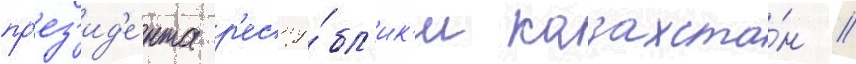
пр'ез'ид'е́нта р'еспу́бл'ик'и казахста́н //